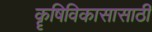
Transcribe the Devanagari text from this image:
कॄषिविकासासाठी